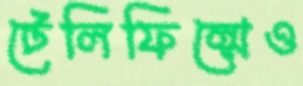
টেলিফিল্মেও